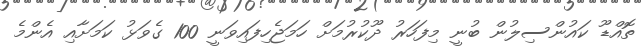
ތޮއްޑޫ ކައުންސިލުން ބުނީ މިފަހަރު ދޫކުރުމަށް ހަމަޖެހިފައިވަނީ 100 ގެވަޅު ކަމަށާއި އެންމެ